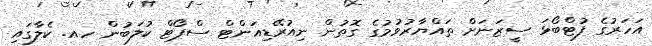
އަހަރުގެ ފުޓްބޯޅަ ސީޒަނަށް ތައްޔާރުވުމުގެ ގޮތުން ނިއުރޭޑިއަންޓް ސްޕޯޓް ކުލަބުން ހއ. ކެލާގައި